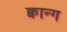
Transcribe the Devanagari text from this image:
क्वान्ग